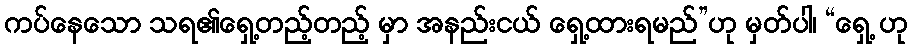
ကပ်နေသော သရ၏ရှေ့တည့်တည့် မှာ အနည်းငယ် ရှေ့ထားရမည်”ဟု မှတ်ပါ၊ “ရှေ့ ဟု